Annual vaccination report of Bihar and Orissa - 1911-1928
Year: 1911
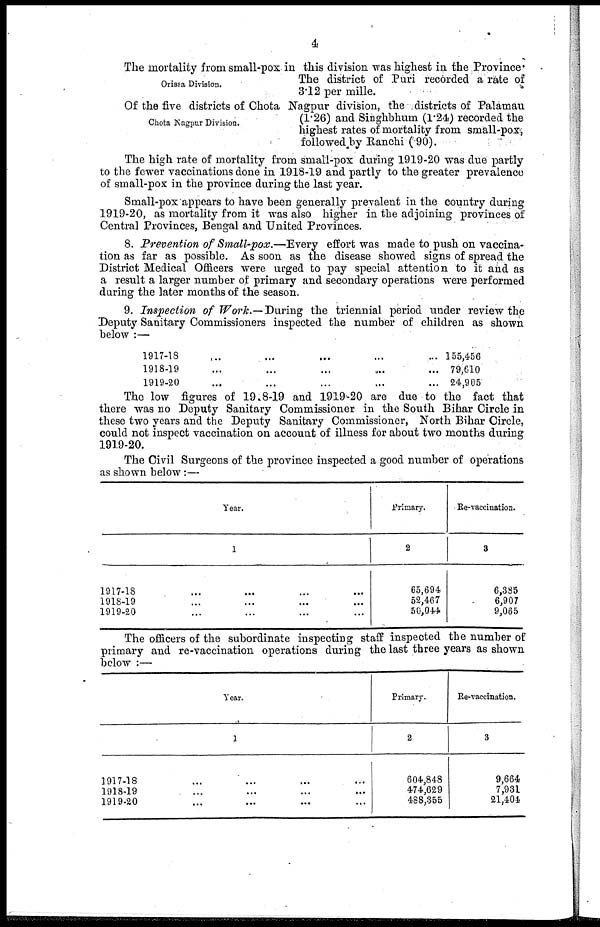
4
Orissa Division.
The mortality from small-pox in this division was highest in the Province
The district of Puri recorded a rate of
3.12 per mille.
Chota Nagpur Division.
Of the five districts of Chota Nagpur division, the districts of Palamau
(1.26) and Singhbhum (1.24) recorded the
highest rates of mortality from small-pox,
followed by Ranchi (.90).
The high rate of mortality from small-pox during 1919-20 was due partly
to the fewer vaccinations done in 1918-19 and partly to the greater prevalence
of small-pox in the province during the last year.
Small-pox appears to have been generally prevalent in the country during
1919-20, as mortality from it was also higher in the adjoining provinces of
Central Provinces, Bengal and United Provinces.
8. Prevention of Small-pox.—Every effort was made to push on vaccina-
tion as far as possible. As soon as the disease showed signs of spread the
District Medical Officers were urged to pay special attention to it and as
a result a larger number of primary and secondary operations were performed
during the later months of the season.
9. Inspection of Work.— During the triennial period under review the
Deputy Sanitary Commissioners inspected the number of children as shown
below :—
1917-18 ... ... ... ... ...
1918-19 ... ... ... ... ...
1919-20 ... ... ... ... ...
155,456
79,610
24,905
The low figures of 1918-19 and 1919-20 are due to the fact that
there was no Deputy Sanitary Commissioner in the South Bihar Circle in
these two years and the Deputy Sanitary Commissioner, North Bihar Circle,
could not inspect vaccination on account of illness for about two months during
1919-20.
The Civil Surgeons of the province inspected a good number of operations
as shown below:—
Year.
1
1917-18 ... ... ... ...
1918-19 ... ... ... ...
1919-20 ... ... ... ...
Primary.
2
65,694
52,467
50,044
Re-vaccination.
3
6,385
6,907
9,065
The officers of the subordinate inspecting staff inspected the number of
primary and re-vaccination operations during the last three years as shown
below :—
Year.
1
1917-18 ... ... ... ...
1918-19 ... ... ... ...
1919-20 ... ... ... ...
Primary.
2
604,848
474,629
488,355
Re-vaccination.
3
9,664
7,931
21,404